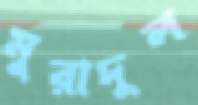
মুরাদুল